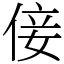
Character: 倿